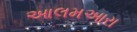
આલમઅારા